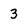
Character: 3